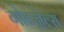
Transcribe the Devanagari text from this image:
गोन्ज़ेल्स